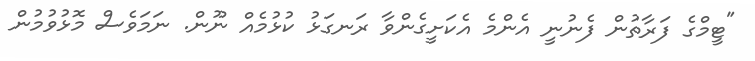
"ޓީމްގެ ފަރާތުން ފެނުނީ އެންމެ އެކަށީގެންވާ ރަނގަޅު ކުޅުމެއް ނޫން. ނަމަވެސް މޮޅުވުމުން